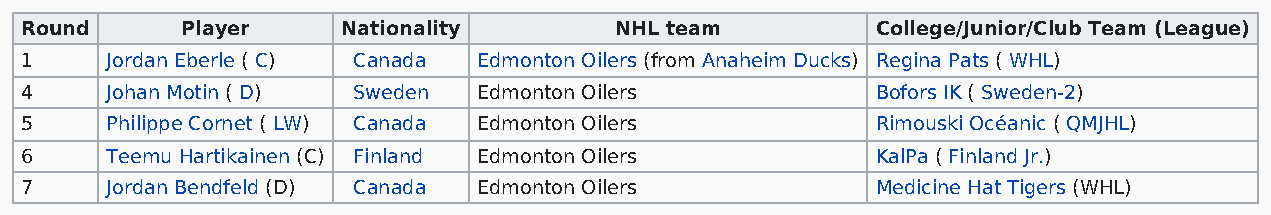
Round      Player     Nationality       NHL team         College/Junior/Club Team (League)
 1     Jordan Eberle ( C) Canada Edmonton Oilers (from Anaheim Ducks) Regina Pats ( WHL)
 4     Johan Motin ( D) Sweden  Edmonton Oilers           Bofors IK ( Sweden-2)
 5     Philippe Cornet ( LW) Canada Edmonton Oilers       Rimouski Océanic ( QMJHL)
 6     Teemu Hartikainen (C) Finland Edmonton Oilers      KalPa ( Finland Jr.)
 7     Jordan Bendfeld (D) Canada Edmonton Oilers         Medicine Hat Tigers (WHL)